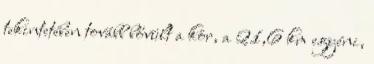
tekintetében tovább bővült a kör, a 21,6 km egyéni,